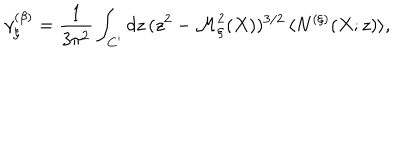
\gamma _ { \xi } ^ { ( \beta ) } = \frac { 1 } { 3 \pi ^ { 2 } } \int _ { C ^ { \prime } } d z \, ( z ^ { 2 } - { \cal M } _ { \xi } ^ { 2 } ( X ) ) ^ { 3 / 2 } \, \langle N ^ { ( \xi ) } ( X ; z ) \rangle ,